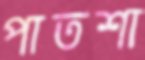
পাতশা